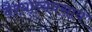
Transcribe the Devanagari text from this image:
वैश्याव्यवसाय